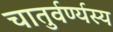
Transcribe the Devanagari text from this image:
चातुर्वर्ण्यस्य